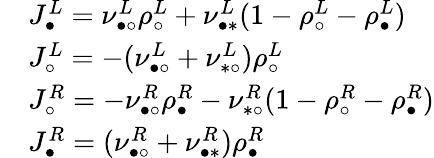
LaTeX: \begin{array}{rl}&{J_{\bullet}^{L}=\nu_{\bullet\circ}^{L}\rho_{\circ}^{L}+\nu_{\bullet\ast}^{L}(1-\rho_{\circ}^{L}-\rho_{\bullet}^{L})}\\ &{J_{\circ}^{L}=-(\nu_{\bullet\circ}^{L}+\nu_{\ast\circ}^{L})\rho_{\circ}^{L}}\\ &{J_{\circ}^{R}=-\nu_{\bullet\circ}^{R}\rho_{\bullet}^{R}-\nu_{\ast\circ}^{R}(1-\rho_{\circ}^{R}-\rho_{\bullet}^{R})}\\ &{J_{\bullet}^{R}=(\nu_{\bullet\circ}^{R}+\nu_{\bullet\ast}^{R})\rho_{\bullet}^{R}}\end{array}